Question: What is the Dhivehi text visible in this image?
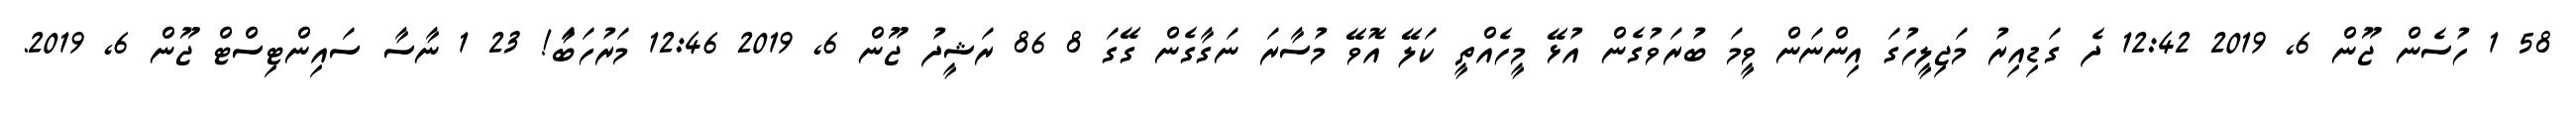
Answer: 58 1 ހުސެން ޖޫން 6, 2019 12:42 ދެ ގަޑިއިރު މަޖިލީހުގަ އިންނަން ވީމަ ބުރަވުގެން އުޅޭ މީހެއްތީ ކަލޭ އޮވޭ މުސާރަ ނަގާގެން ގޭގަ 8 86 ރަޝީދު ޖޫން 6, 2019 12:46 މަރުހަބާަ! 23 1 ނާސާ ސައިންޓިސްޓް ޖޫން 6, 2019.